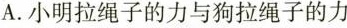
A.小明拉绳子的力与狗拉绳子的力